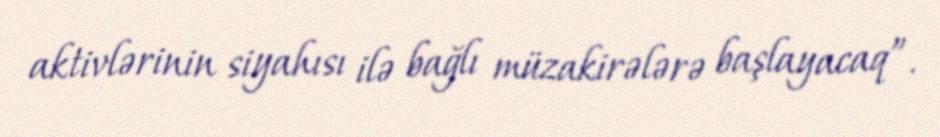
aktivlərinin siyahısı ilə bağlı müzakirələrə başlayacaq”.